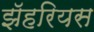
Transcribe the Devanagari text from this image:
झॅहरियस